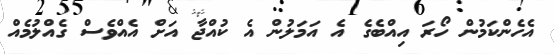
އެހެންކަމުން ހޯރަ އިއްބެގެ އެ އަމަލުން އެ ކުއްޖާ އަށް އެއްވެސް ގެއްލުމެއް